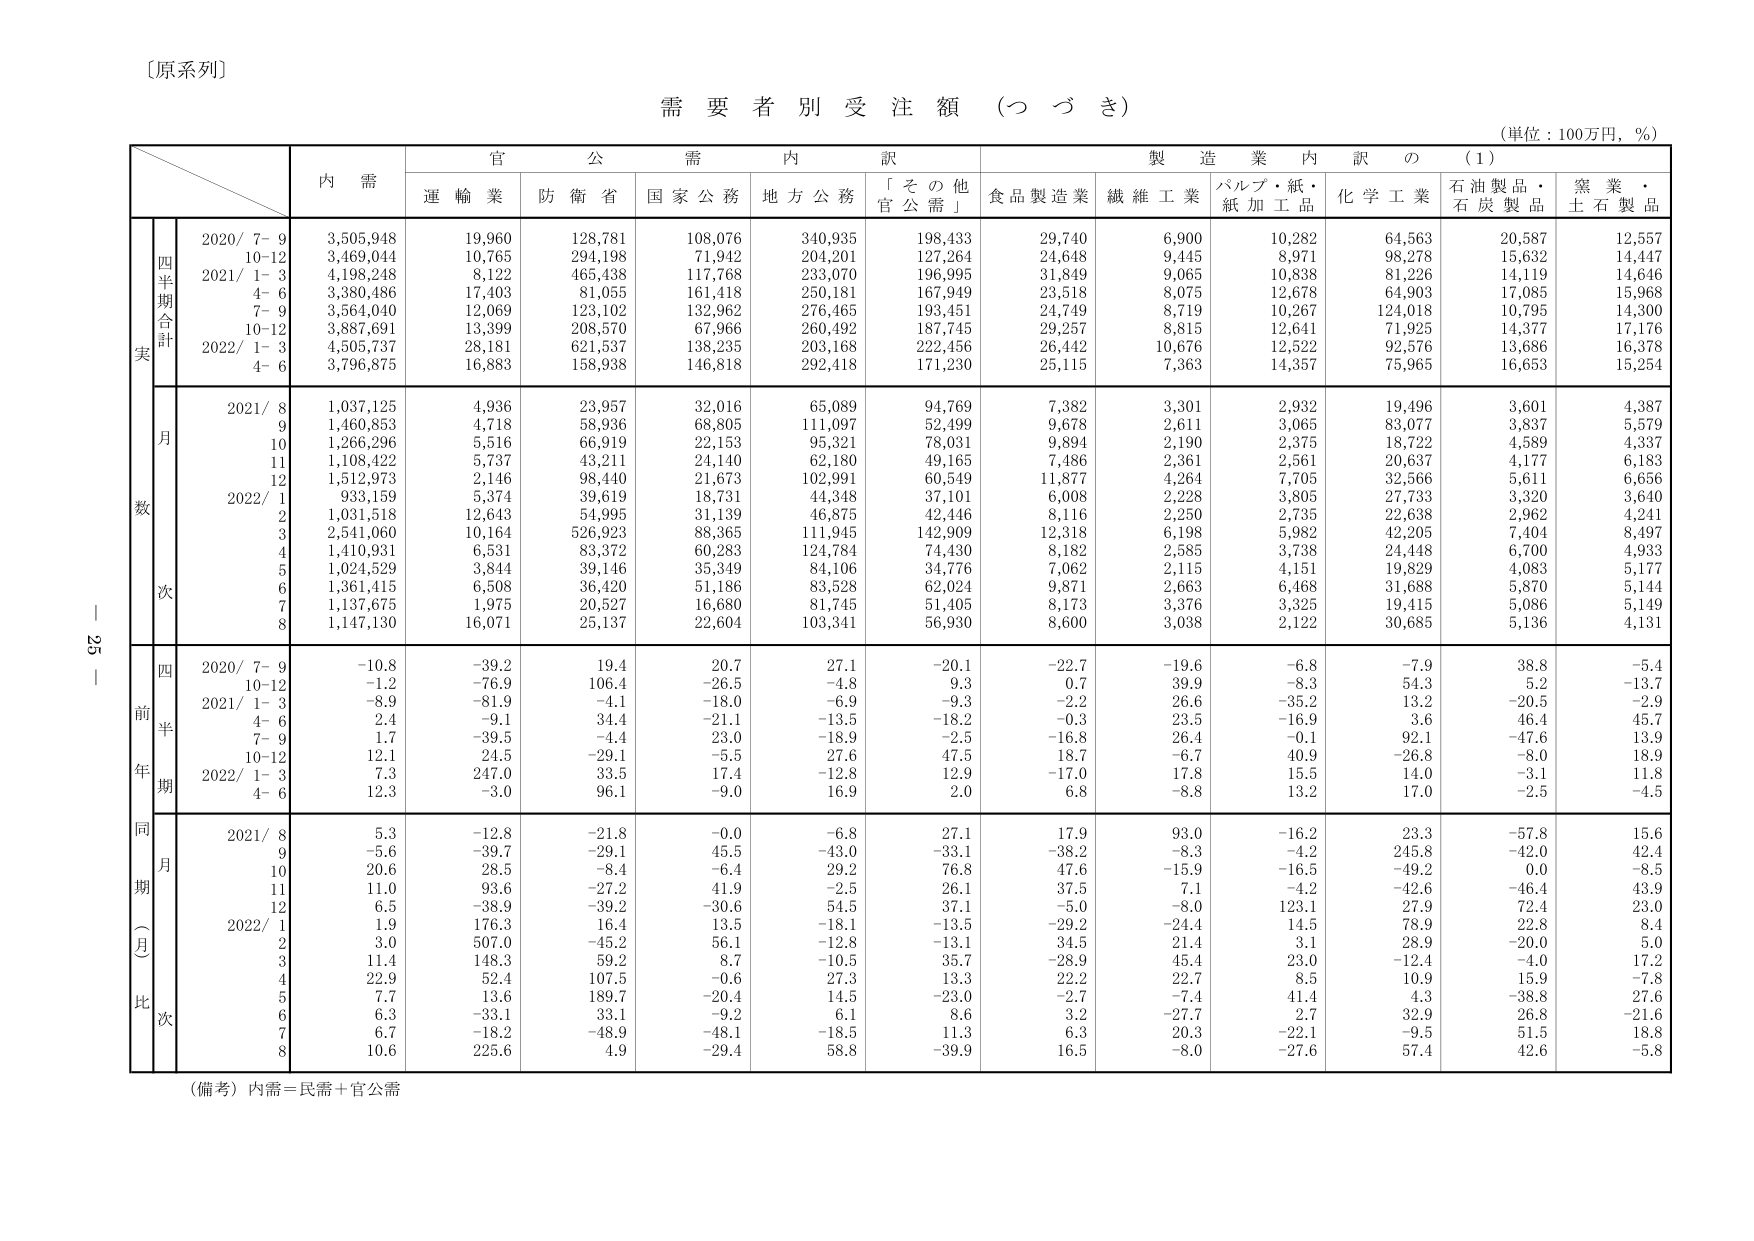
〔原系列〕

需要者別受注額（つづき）

（単位：100万円，％）

内 需
官 公 需 内 訳
製 造 業 内 訳 の （1）
運 輸 業 防 衛 省 国 家 公 務 地 方 公 務 「そ の 他 官 公 需」 食 品 製 造 業 繊 維 工 業 パルプ・紙・紙 加 工 品 化 学 工 業 石 油 製 品・石 炭 製 品 窯 業・土 石 製 品

四半期合計
実
2020/ 7- 9 3,505,948 19,960 128,781 108,076 340,935 198,433 29,740 6,900 10,282 64,563 20,587 12,557
10-12 3,469,044 10,765 294,198 71,942 204,201 127,264 24,648 9,445 8,971 98,278 15,632 14,447
2021/ 1- 3 4,198,248 8,122 465,438 117,768 233,070 196,995 31,849 9,065 10,838 81,226 14,119 14,646
4- 6 3,380,486 17,403 81,055 161,418 250,181 167,949 23,518 8,075 12,678 64,903 17,085 15,968
7- 9 3,564,040 12,069 123,102 132,962 276,465 193,451 24,749 8,719 10,267 124,018 10,795 14,300
10-12 3,887,691 13,399 208,570 67,966 260,492 187,745 29,257 8,815 12,641 71,925 14,377 17,176
2022/ 1- 3 4,505,737 28,181 621,537 138,235 203,168 222,456 26,442 10,676 12,522 92,576 13,686 16,378
4- 6 3,796,875 16,883 158,938 146,818 292,418 171,230 25,115 7,363 14,357 75,965 16,653 15,254

月
数
2021/ 8 1,037,125 4,936 23,957 32,016 65,089 94,769 7,382 3,301 2,932 19,496 3,601 4,387
9 1,460,853 4,718 58,936 68,805 111,097 52,499 9,678 2,611 3,065 83,077 3,837 5,579
10 1,266,296 5,516 66,919 22,153 95,321 78,031 9,894 2,190 2,375 18,722 4,589 4,337
11 1,108,422 5,737 43,211 24,140 62,180 49,165 7,486 2,361 2,561 20,637 4,177 6,183
12 1,512,973 2,146 98,440 21,673 102,991 60,549 11,877 4,264 7,705 32,566 5,611 6,656
2022/ 1 933,159 5,374 39,619 18,731 44,348 37,101 6,008 2,228 3,805 27,733 3,320 3,640
2 1,031,518 12,643 54,995 31,139 46,875 42,446 8,116 2,250 2,735 22,638 2,962 4,241
3 2,541,060 10,164 526,923 88,365 111,945 142,909 12,318 6,198 5,982 42,205 7,404 8,497
4 1,410,931 6,531 83,372 60,283 124,784 74,430 8,182 2,585 3,738 24,448 6,700 4,933
5 1,024,529 3,844 39,146 35,349 84,106 34,776 7,062 2,115 4,151 19,829 4,083 5,177
6 1,361,415 6,508 36,420 51,186 83,528 62,024 9,871 2,663 6,468 31,688 5,870 5,144
7 1,137,675 1,975 20,527 16,680 81,745 51,405 8,173 3,376 3,325 19,415 5,086 5,149
8 1,147,130 16,071 25,137 22,604 103,341 56,930 8,600 3,038 2,122 30,685 5,136 4,131

四
前
半
年
期
2020/ 7- 9 -10.8 -39.2 19.4 20.7 27.1 -20.1 -22.7 -19.6 -6.8 -7.9 38.8 -5.4
10-12 -1.2 -76.9 106.4 -26.5 -4.8 9.3 0.7 39.9 -8.3 54.3 5.2 -13.7
2021/ 1- 3 -8.9 -81.9 -4.1 -18.0 -6.9 -9.3 -2.2 26.6 -35.2 13.2 -20.5 -2.9
4- 6 2.4 -9.1 34.4 -21.1 -13.5 -18.2 -0.3 23.5 -16.9 3.6 46.4 45.7
7- 9 1.7 -39.5 -4.4 23.0 -18.9 -2.5 -16.8 26.4 -0.1 92.1 -47.6 13.9
10-12 12.1 24.5 -29.1 -5.5 27.6 47.5 18.7 -6.7 40.9 -26.8 -8.0 18.9
2022/ 1- 3 7.3 247.0 33.5 17.4 -12.8 12.9 -17.0 17.8 15.5 14.0 -3.1 11.8
4- 6 12.3 -3.0 96.1 -9.0 16.9 2.0 6.8 -8.8 13.2 17.0 -2.5 -4.5

同
月
期
（月
比
次
2021/ 8 5.3 -12.8 -21.8 -0.0 -6.8 27.1 17.9 93.0 -16.2 23.3 -57.8 15.6
9 -5.6 -39.7 -29.1 45.5 -43.0 -33.1 -38.2 -8.3 -4.2 245.8 -42.0 42.4
10 20.6 28.5 -8.4 -6.4 29.2 76.8 47.6 -15.9 -16.5 -49.2 0.0 -8.5
11 11.0 93.6 -27.2 41.9 -2.5 26.1 37.5 7.1 -4.2 -42.6 -46.4 43.9
12 6.5 -38.9 -39.2 -30.6 54.5 37.1 -5.0 -8.0 123.1 27.9 72.4 23.0
2022/ 1 1.9 176.3 16.4 13.5 -18.1 -13.5 -29.2 -24.4 14.5 78.9 22.8 8.4
2 3.0 507.0 -45.2 56.1 -12.8 -13.1 34.5 21.4 3.1 28.9 -20.0 5.0
3 11.4 148.3 59.2 8.7 -10.5 35.7 -28.9 45.4 23.0 -12.4 -4.0 17.2
4 22.9 52.4 107.5 -0.6 27.3 13.3 22.2 22.7 8.5 10.9 15.9 -7.8
5 7.7 13.6 189.7 -20.4 14.5 -23.0 -2.7 -7.4 41.4 4.3 -38.8 27.6
6 6.3 -33.1 33.1 -9.2 6.1 8.6 3.2 -27.7 2.7 32.9 26.8 -21.6
7 6.7 -18.2 -48.9 -48.1 -18.5 11.3 6.3 20.3 -22.1 -9.5 51.5 18.8
8 10.6 225.6 4.9 -29.4 58.8 -39.9 16.5 -8.0 -27.6 57.4 42.6 -5.8

（備考）内需＝民需＋官公需